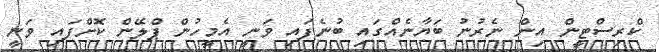
ކްރިސްޓީން އިން ނެރުނު ބަޔާނެއްގައި ބުނެފައި ވަނީ އެމީހުން ޕްލޭން ކޮށްފައި ވަނީ